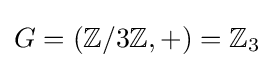
G=(\mathbb {Z} /3\mathbb {Z} ,+)=\mathbb {Z} _{3}